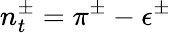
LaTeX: n_{t}^{\pm}=\pi^{\pm}-\epsilon^{\pm}